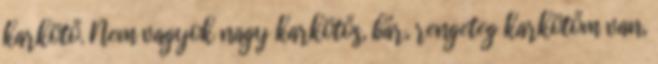
karkötő. Nem vagyok nagy karkötős, bár, rengeteg karkötőm van,